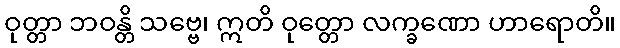
ဝုတ္တာ ဘဝန္တိ သဗ္ဗေ၊ ဣတိ ဝုတ္တော လက္ခဏော ဟာရောတိ။